Vaccine operations Central Provinces 1900-1911 - 1900-1911
Year: 1900
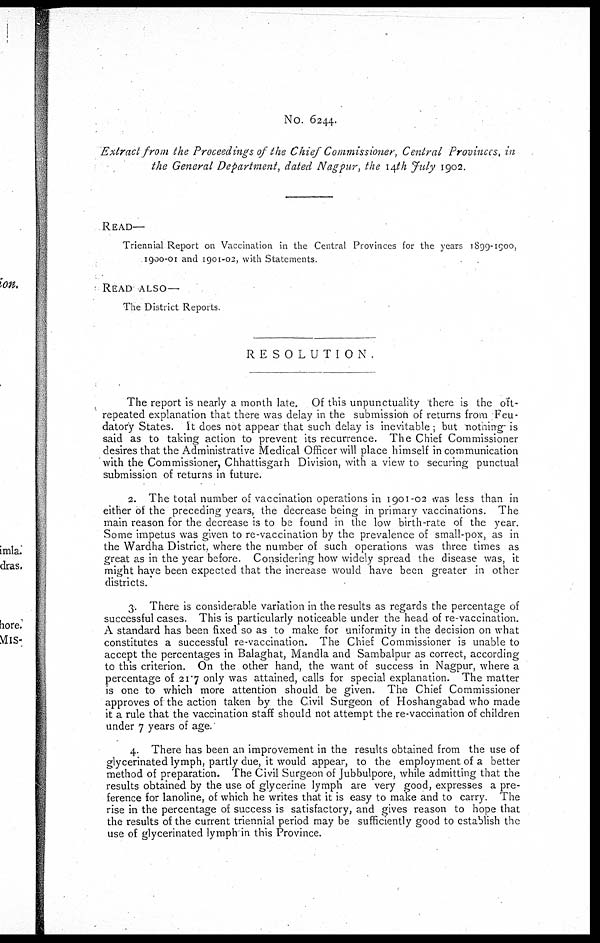
No. 6244.
Extract from the Proceedings of the Chief Commissioner, Central Provinces, in
the General Department, dated Nagpur, the 14th July 1902.
READ—
Triennial Report on Vaccination in the Central Provinces for the years 1899-1900,
1900-01 and 1901-02, with Statements
READ ALSO—
The District Reports
RESOLUTION.
The report is nearly a month late. Of this unpunctuality there is the oft-
repeated explanation that there was delay in the submission of returns from Feu-
datory States. It does not appear that such delay is inevitable ; but notning is
said as to taking action to prevent its recurrence. The Chief Commissioner
desires that the Administrative Medical Officer will place himself in communication
with the Commissioner, Chhattisgarh Division, with a view to securing punctual
submission of returns in future.
2. The total number of vaccination operations in 1901-02 was less than in
either of the preceding years, the decrease being in primary vaccinations. The
main reason for the decrease is to be found in the low birth-rate of the year.
Some impetus was given to re-vaccination by the prevalence of small-pox, as in
the Wardha District. where the number of such operations was three times as
great as in the year before. Considering how widely spread the disease was, it
might have been expected that the increase would have been greater in other
districts.
3. There is considerable variation in the results as regards the percentage of
successful cases. This is particularly noticeable under the head of re-vaccination.
A standard has been fixed so as to make for uniformity in the decision on what
constitutes a successful re-vaccination. The Chief Commissioner is unable to
accept the percentages in Balaghat, Mandla and Sambalpur as correct, according
to this criterion. On the other hand, the want of success in Nagpur, where a
percentage of 21.7 only was attained, calls for special explanation. The matter
is one to which more attention should be given. The Chief Commissioner
approves of the action taken by the Civil Surgeon of Hoshangabad who made
it a rule that the vaccination staff should not attempt the re-vaccination of children
under 7 years of age.
4. There has been an improvement in the results obtained from the use of
glycerinated lymph, partly due, it would appear, to the employment of a better
method of preparation. The Civil Surgeon of Jubbulpore, while admitting that the
results obtained by the use of glycerine lymph are very good, expresses a pre-
ference for lanoline, of which he writes that it is easy to make and to carry. The
rise in the percentage of success is satisfactory, and gives reason to hope that
the results of the current triennial period may be sufficiently good to establish the
use of glycerinated lymph in this Province.